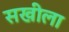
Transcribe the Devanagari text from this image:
सखीला